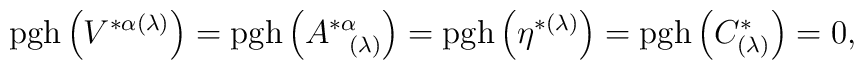
\mathrm{pgh}\left( V^{*\alpha (\lambda )}\right) =\mathrm{pgh}\left(A_{\;\;\;(\lambda )}^{*\alpha }\right) =\mathrm{pgh}\left( \eta ^{*(\lambda)}\right) =\mathrm{pgh}\left( C_{(\lambda )}^{*}\right) =0,